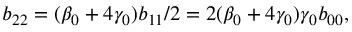
b _ { 2 2 } = ( \beta _ { 0 } + 4 \gamma _ { 0 } ) b _ { 1 1 } / 2 = 2 ( \beta _ { 0 } + 4 \gamma _ { 0 } ) \gamma _ { 0 } b _ { 0 0 } ,